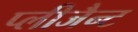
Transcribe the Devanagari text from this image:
प्लीजैन्ट